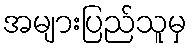
အများပြည်သူမှ